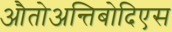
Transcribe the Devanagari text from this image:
औतोअन्तिबोदिएस